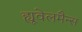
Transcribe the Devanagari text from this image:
ह्यूवेलमैन्स